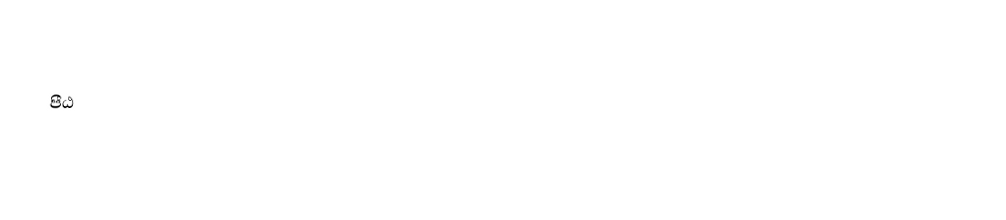

පීඨ